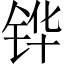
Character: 铧